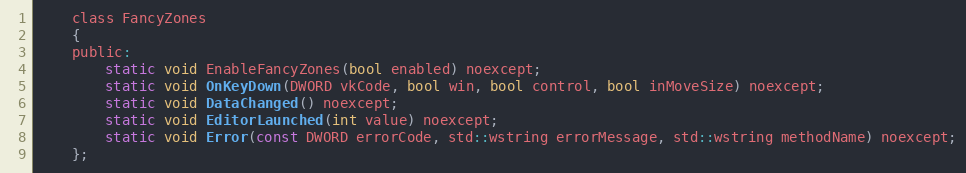
Language: C
    class FancyZones
    {
    public:
        static void EnableFancyZones(bool enabled) noexcept;
        static void OnKeyDown(DWORD vkCode, bool win, bool control, bool inMoveSize) noexcept;
        static void DataChanged() noexcept;
        static void EditorLaunched(int value) noexcept;
        static void Error(const DWORD errorCode, std::wstring errorMessage, std::wstring methodName) noexcept;
    };